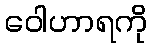
ဝေါဟာရကို